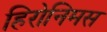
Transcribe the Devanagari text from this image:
हिरोनिमस